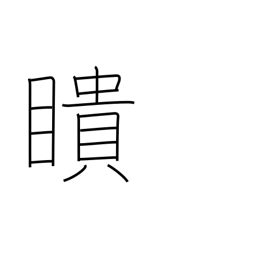
Meaning: see everything